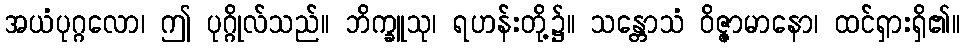
အယံပုဂ္ဂလော၊ ဤ ပုဂ္ဂိုလ်သည်။ ဘိက္ခူသု၊ ရဟန်းတို့၌။ သန္တောသံ ဝိဇ္ဇာမာနော၊ ထင်ရှားရှိ၏။